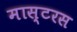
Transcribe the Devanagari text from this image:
मास्टरस